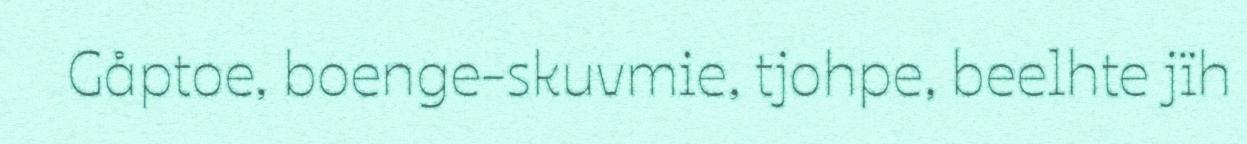
Gåptoe, boenge-skuvmie, tjohpe, beelhte jïh